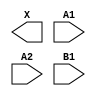
module sky130_fd_sc_hs__o21a (
    X ,
    A1,
    A2,
    B1
);

    output X ;
    input  A1;
    input  A2;
    input  B1;

    // Voltage supply signals
    supply1 VPWR;
    supply0 VGND;

endmodule